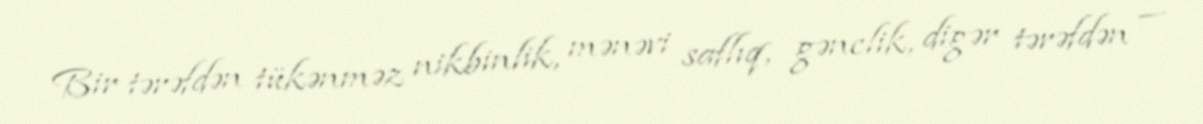
Bir tərəfdən tükənməz nikbinlik, mənəvi saflıq, gənclik, digər tərəfdən —